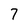
Character: 7